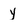
Character: y